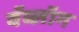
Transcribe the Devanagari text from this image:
वॅब्लॉग